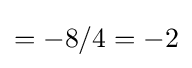
=-8/4=-2